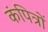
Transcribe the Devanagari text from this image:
कंपित्रों